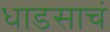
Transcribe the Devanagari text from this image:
धाडसाचं